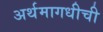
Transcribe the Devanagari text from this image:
अर्थमागधीची